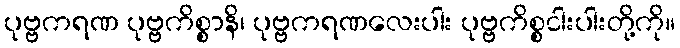
ပုဗ္ဗကရဏ ပုဗ္ဗကိစ္စာနိ၊ ပုဗ္ဗကရဏလေးပါး ပုဗ္ဗကိစ္စငါးပါးတို့ကို။